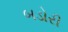
બડોરી